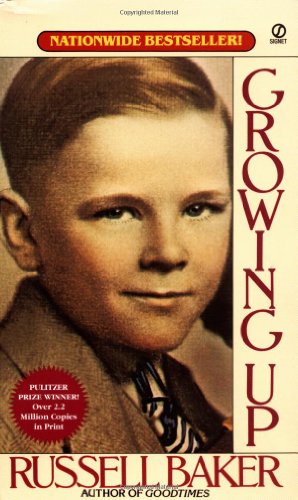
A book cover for Growing Up (Signet); Russell Baker; Biographies & Memoirs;